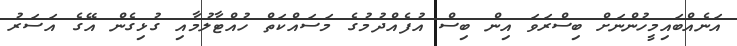
އަނެއްބައިމީހުންނަށް ބިސްރަވަ އިން ބިސް އުފެއްދުމުގެ މަސައްކަތް ހުއްޓާލުމާއި ގުޅިގެން އޭގެ އަސަރު